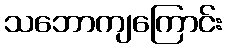
သဘောကျကြောင်း